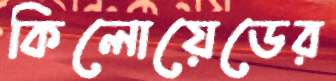
কিলোয়েডের